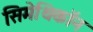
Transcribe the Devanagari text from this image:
सिमेथिकॉन